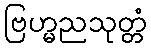
ဗြဟ္မညသုတ္တံ